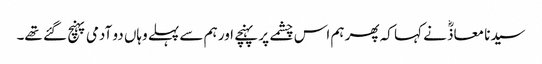
سیدنا معاذؓ نے کہا کہ پھر ہم اس چشمے پر پہنچے اور ہم سے پہلے وہاں دو آدمی پہنچ گئے تھے۔